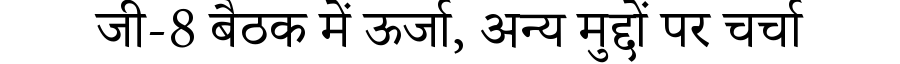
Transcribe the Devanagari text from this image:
जी-8 बैठक में ऊर्जा, अन्य मुद्दों पर चर्चा